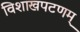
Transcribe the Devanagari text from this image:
विशाखपटणम्‌